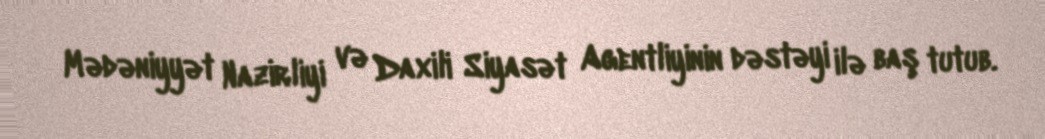
Mədəniyyət Nazirliyi və Daxili Siyasət Agentliyinin dəstəyi ilə baş tutub.